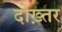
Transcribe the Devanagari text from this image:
दोख़्तर